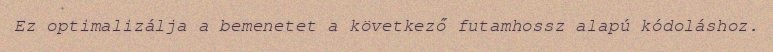
Ez optimalizálja a bemenetet a következő futamhossz alapú kódoláshoz.